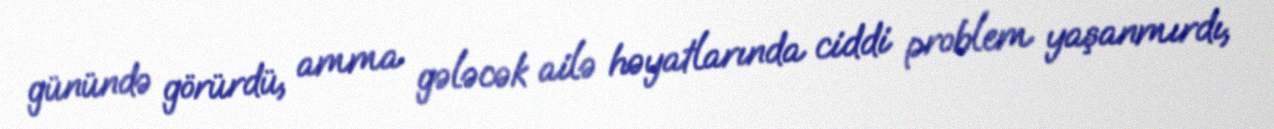
günündə görürdü, amma gələcək ailə həyatlarında ciddi problem yaşanmırdı,